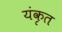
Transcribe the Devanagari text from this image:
यंकृत